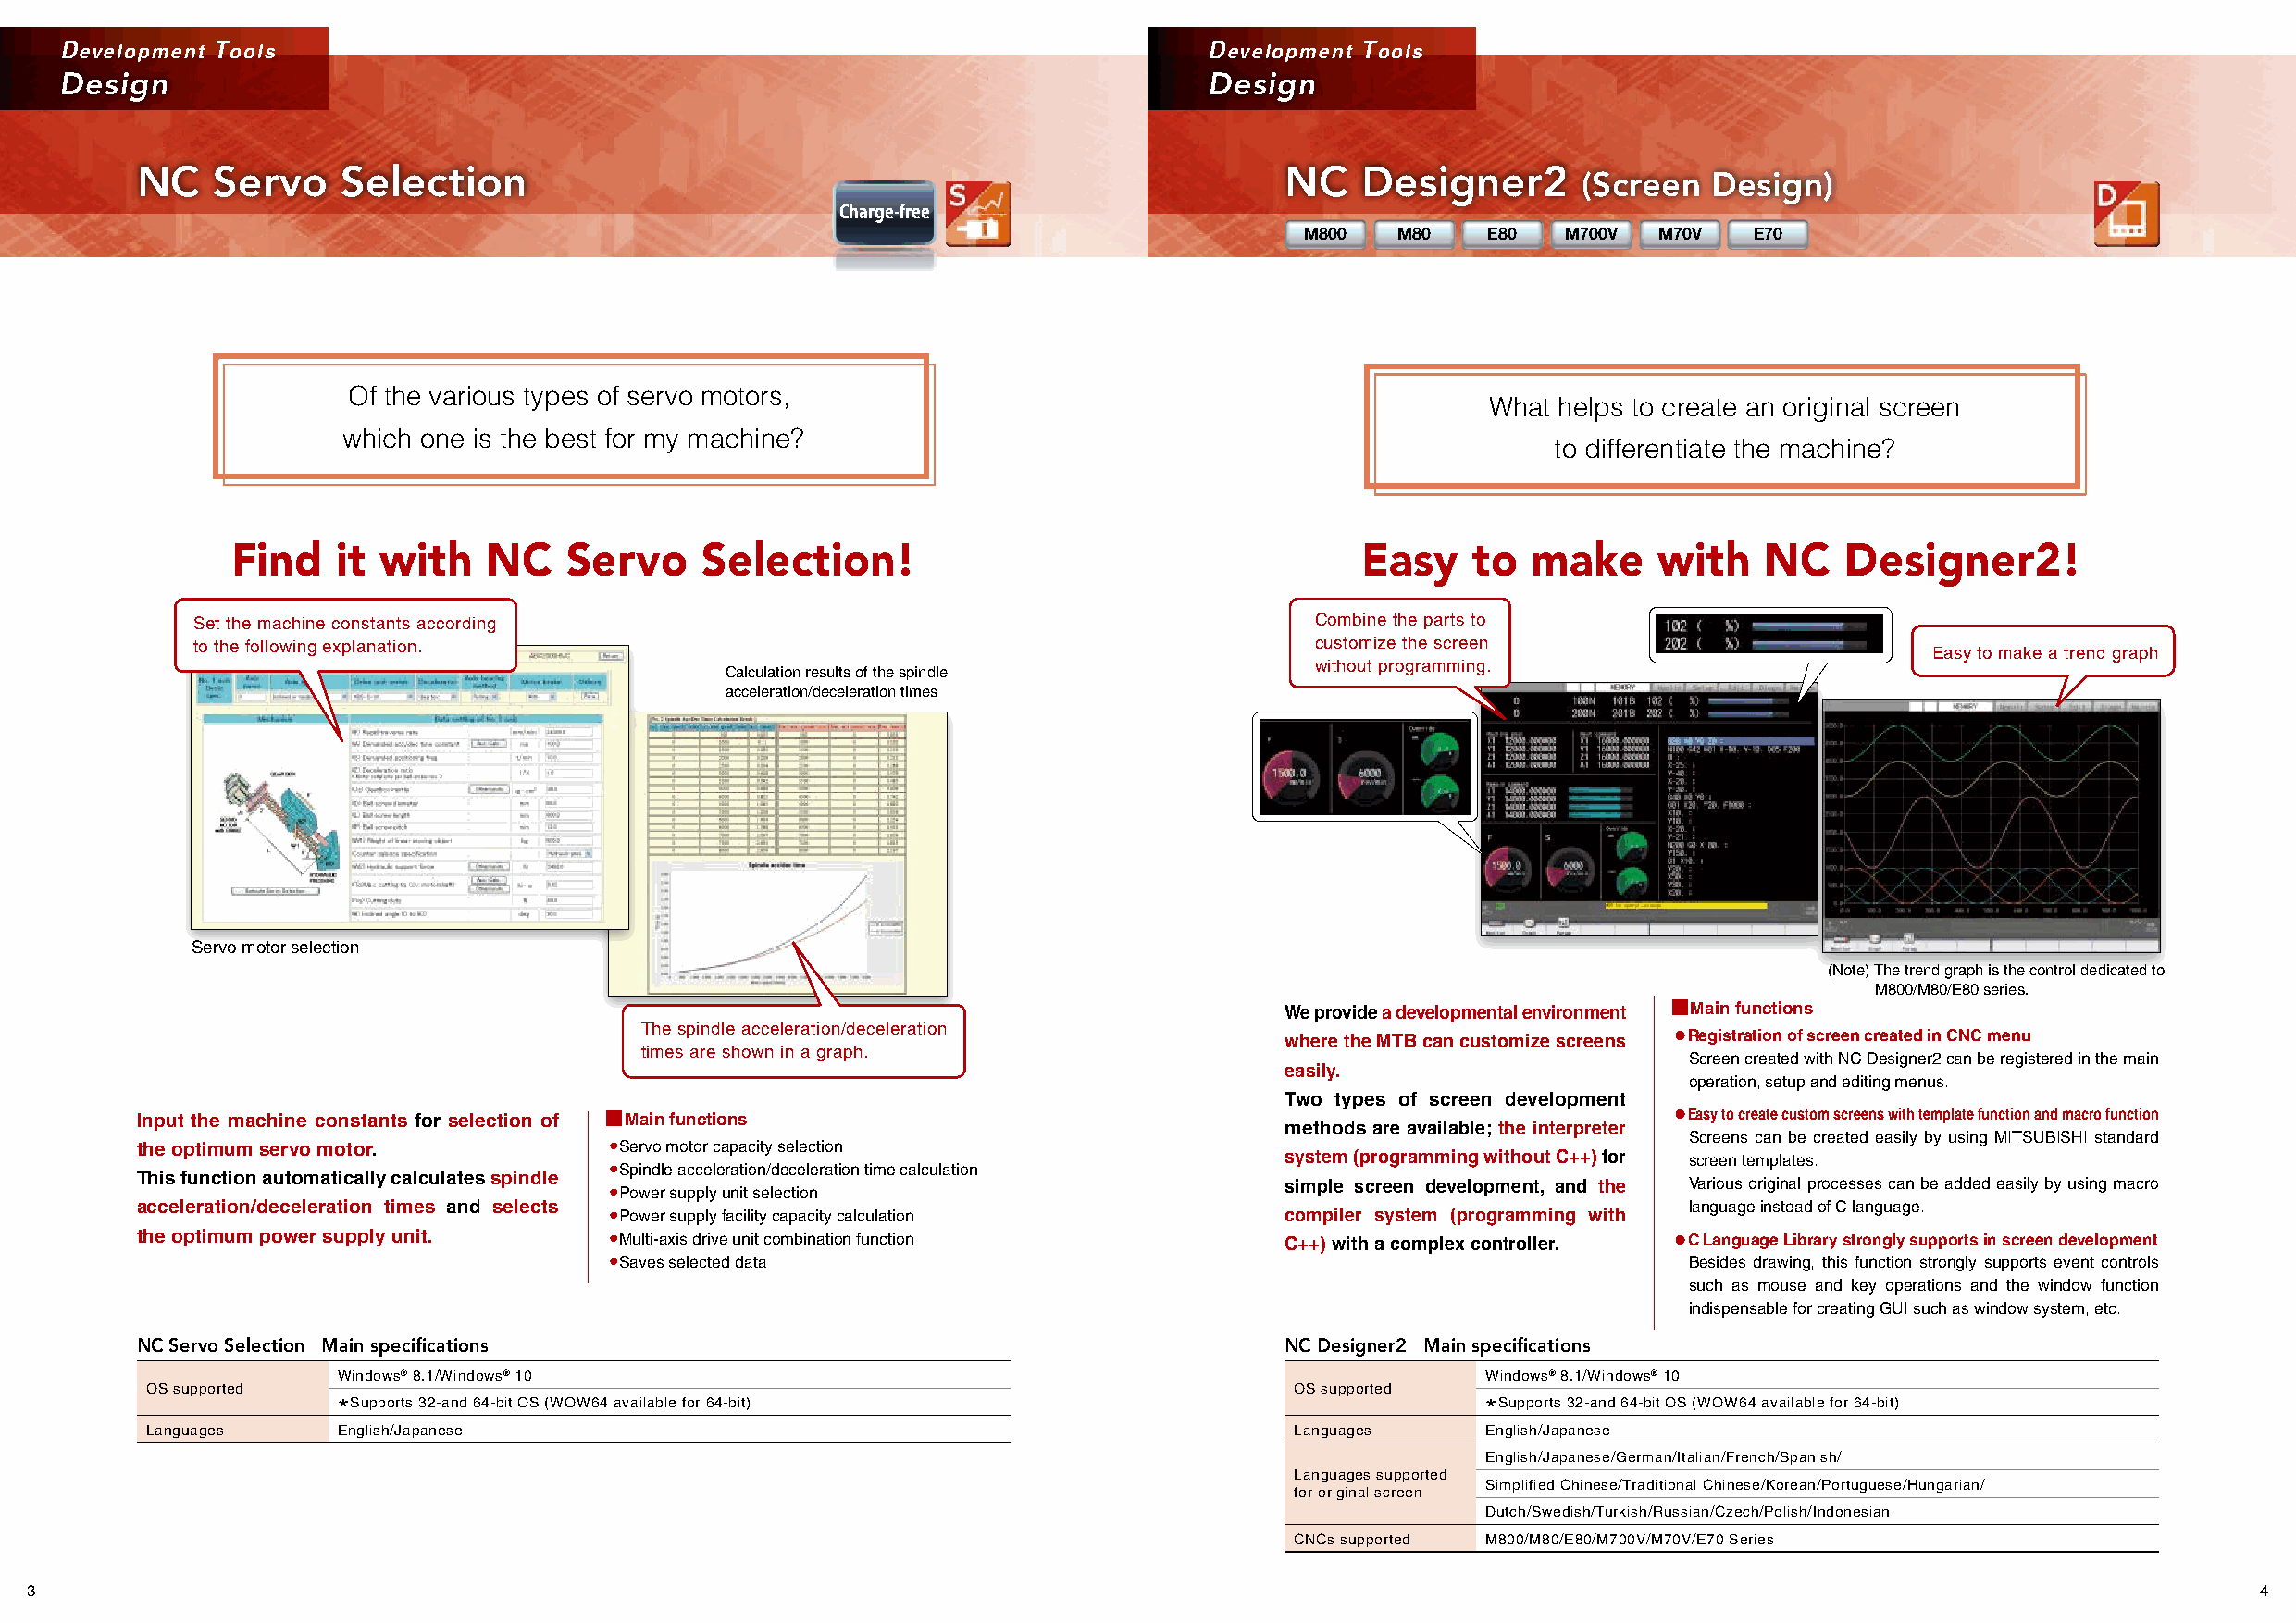
Development Tools                                                                 Development Tools
 Design                                                                            Design
 NC   Servo    Selection                                                           NC   Designer2
 (Screen  Design)
 Charge-free
 M800   M80   E80   M700V  M70V  E70
 Of the various types of servo motors,
 What helps to create an original screen
 which one is the best for my machine?
 to differentiate the machine?
 Find   it with    NC    Servo    Selection!                                     Easy    to   make     with   NC    Designer2!
 Set the machine constants according                                             Combine the parts to
 to the following explanation.                                                   customize the screen
 Easy to make a trend graph
 without programming.
 Calculation results of the spindle
 acceleration/deceleration times
 Servo motor selection
 (Note) The trend graph is the control dedicated to
 M800/M80/E80 series.
 We provide a developmental environment Main functions
 The spindle acceleration/deceleration
 where the MTB can customize screens ●Registration of screen created in CNC menu
 times are shown in a graph.
 Screen created with NC Designer2 can be registered in the main
 easily.
 operation, setup and editing menus.
 Two types of screen development
 Input the machine constants for selection of Main functions                                                   ●Easy to create custom screens with template function and macro function
 methods are available; the interpreter
 Screens can be created easily by using MITSUBISHI standard
 the optimum servo motor.          ●Servo motor capacity selection
 system (programming without C++) for screen templates.
 This function automatically calculates spindle
 ●Spindle acceleration/deceleration time calculation
 simple screen development, and the Various original processes can be added easily by using macro
 ●Power supply unit selection
 acceleration/deceleration times and selects                                                                    language instead of C language.
 ●Power supply facility capacity calculation     compiler system (programming with
 the optimum power supply unit.    ●Multi-axis drive unit combination function     C++) with a complex controller. ●C Language Library strongly supports in screen development
 ●Saves selected data                                                         Besides drawing, this function strongly supports event controls
 such as mouse and key operations and the window function
 indispensable for creating GUI such as window system, etc.
 NC Servo Selection Main specifications                                            NC Designer2 Main specifications
 Windows® 8.1/Windows® 10                                                          Windows® 8.1/Windows® 10
 OS supported                                                                       OS supported
 *Supports 32-and 64-bit OS (WOW64 available for 64-bit)                           *Supports 32-and 64-bit OS (WOW64 available for 64-bit)
 Languages     English/Japanese                                                     Languages    English/Japanese
 English/Japanese/German/Italian/French/Spanish/
 Languages supported
 Simplified Chinese/Traditional Chinese/Korean/Portuguese/Hungarian/
 for original screen
 Dutch/Swedish/Turkish/Russian/Czech/Polish/Indonesian
 CNCs supported M800/M80/E80/M700V/M70V/E70 Series
 3                                                                                                                                                               4